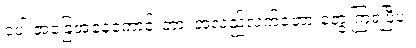
ငပါ အခြေအနေကောင်းတာ၊ အလည်လက်ခံတာ တွေ့ကြရပြီပဲ။